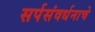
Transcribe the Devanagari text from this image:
सर्पसंवर्धनाचे